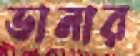
ডানার